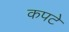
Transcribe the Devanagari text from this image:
कपटे